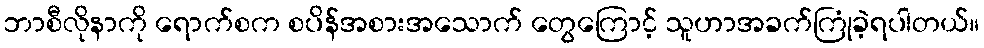
ဘာစီလိုနာကို ရောက်စက စပိန်အစားအသောက် တွေကြောင့် သူဟာအခက်ကြုံခဲ့ရပါတယ်။